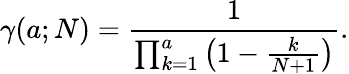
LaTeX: \gamma(a;N)={\frac{1}{\prod_{k=1}^{a}\left(1-{\frac{k}{N+1}}\right)}}.